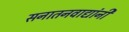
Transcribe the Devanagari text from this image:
सनातनवाद्यांनी